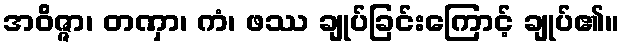
အဝိဇ္ဇာ၊ တဏှာ၊ ကံ၊ ဖဿ ချုပ်ခြင်းကြောင့် ချုပ်၏။